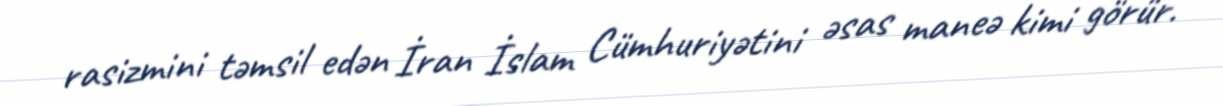
rasizmini təmsil edən İran İslam Cümhuriyətini əsas maneə kimi görür.